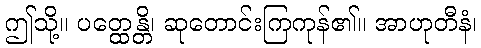
ဤသို့။ ပတ္ထေန္တိ၊ ဆုတောင်းကြကုန်၏။ အာဟုတီနံ၊